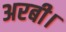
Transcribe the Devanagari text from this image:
अरबी।